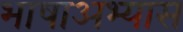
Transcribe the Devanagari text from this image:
भाषाअभ्यास